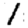
Digit: 1